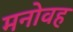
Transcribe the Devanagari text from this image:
मनोवह